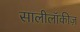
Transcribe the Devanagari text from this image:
सालीलॉकीज़